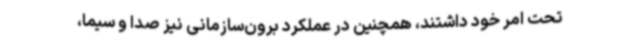
تحت امر خود داشتند، همچنین در عملکرد برون‌سازمانی نیز صدا و سیما،